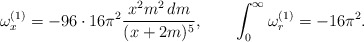
\begin{align*}\omega^{(1)}_x=-96\cdot 16 \pi^2{x^2 m^2 \, dm\over(x+2m)^5},\quad\quad\int_0^\infty \omega^{(1)}_r=-16\pi^2.\end{align*}